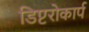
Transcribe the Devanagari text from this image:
डिप्टरोकार्प